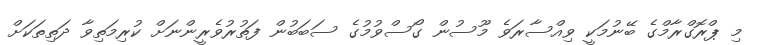
މި ޕްރޮގްރާމްގެ ބޭނުމަކީ ވިއްސާރަވެ މޫސުން ގޯސްވުމުގެ ސަބަބުން ފަތުރުވެރީންނަށް ކުރިމަތިވާ ދަތިތަކަށް